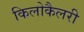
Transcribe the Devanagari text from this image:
किलोकैलरी